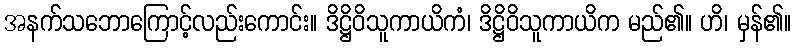
အနက်သဘောကြောင့်လည်းကောင်း။ ဒိဋ္ဌိဝိသူကာယိကံ၊ ဒိဋ္ဌိဝိသူကာယိက မည်၏။ ဟိ၊ မှန်၏။